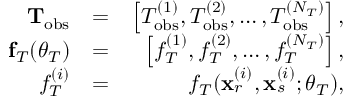
\begin{array} { r l r } { { \bf T } _ { \mathrm { o b s } } } & { = } & { \left[ T _ { \mathrm { o b s } } ^ { ( 1 ) } , T _ { \mathrm { o b s } } ^ { ( 2 ) } , \dots , T _ { \mathrm { o b s } } ^ { ( N _ { T } ) } \right] , } \\ { { \bf f } _ { T } ( \boldsymbol { \theta } _ { T } ) } & { = } & { \left[ f _ { T } ^ { ( 1 ) } , f _ { T } ^ { ( 2 ) } , \dots , f _ { T } ^ { ( N _ { T } ) } \right] , } \\ { f _ { T } ^ { ( i ) } } & { = } & { f _ { T } ( \mathbf { x } _ { r } ^ { ( i ) } , \mathbf { x } _ { s } ^ { ( i ) } ; \boldsymbol { \theta } _ { T } ) , } \end{array}